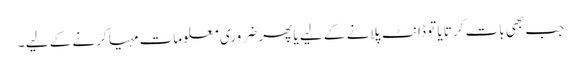
جب بھی بات کرتا یا تو ڈانٹ پلانے کے لیے یا پھر ضروری معلومات مہیا کرنے کے لیے ۔